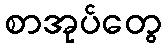
စာအုပ်တွေ